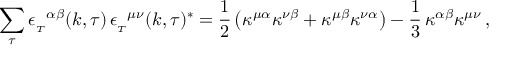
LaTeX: \sum _ { \tau } { \epsilon _ { _ T } } ^ { \alpha \beta } ( k , \tau ) \, { \epsilon _ { _ T } } ^ { \mu \nu } ( k , \tau ) ^ { * } = { \frac { 1 } { 2 } } \left( \kappa ^ { \mu \alpha } \kappa ^ { \nu \beta } + \kappa ^ { \mu \beta } \kappa ^ { \nu \alpha } \right) - { \frac { 1 } { 3 } } \, \kappa ^ { \alpha \beta } \kappa ^ { \mu \nu } \, ,